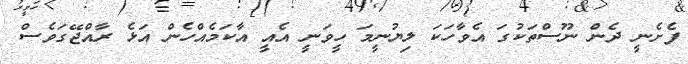
ފެށެނީ ދެން ނޫސްތަކުގަ އެވާހަކަ ލިޔުނީމަ ހީވަނީ އެއީ އާކަމެއްހެން އަޅެ ރާއްޖޭގަވެސް